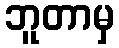
ဘူတာမှ